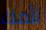
لأمك